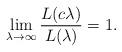
LaTeX: \begin{align*}\lim_{\lambda \to \infty} \frac{L(c\lambda)}{L(\lambda)} = 1.\end{align*}